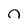
Character: n